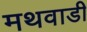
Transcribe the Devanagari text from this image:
मथवाडी